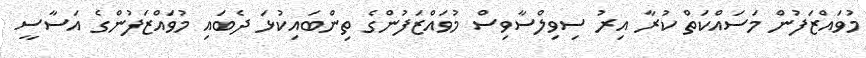
މުވައްޒަފުން މަސައްކަތް ކުރާ އިރު ސިވިލްސާވިސް މުވައްޒަފުންގެ ތިންބައިކުޅަ ދެބައި މުވައްޒަފުންގެ އަސާސީ